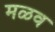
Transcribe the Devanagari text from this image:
मळव